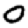
Digit: 0